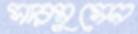
সারমুসেন